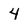
Character: 4